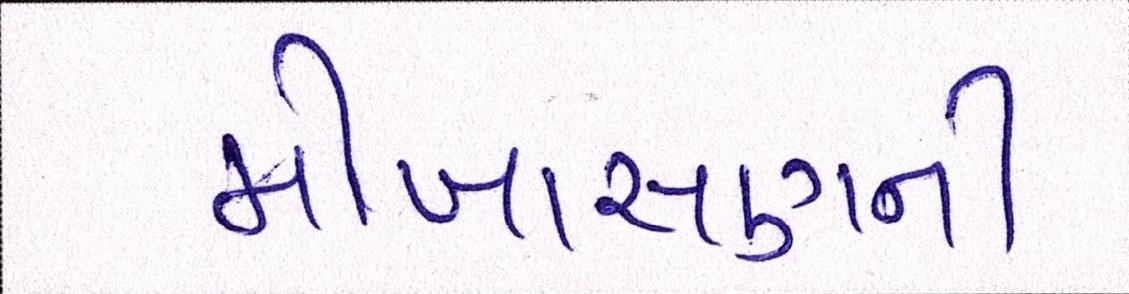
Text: મોખાસણની